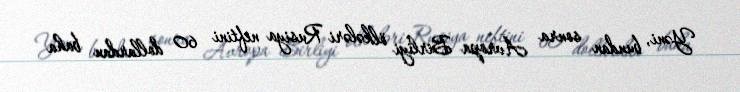
Yəni, bundan sonra Avropa Birliyi ölkələri Rusiya neftini 60 dollardan baha